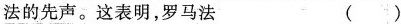
法的先声。这表明，罗马法 ( )